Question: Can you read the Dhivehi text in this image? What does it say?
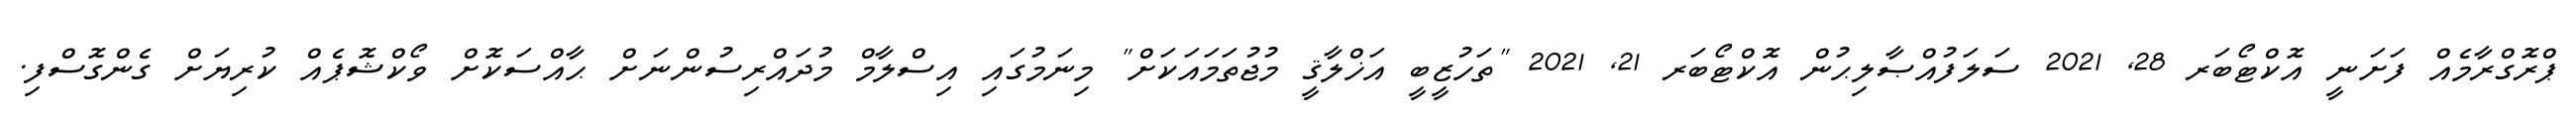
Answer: ޕްރޮގްރާމެއް ފަށަނީ އޮކްޓޯބަރ 28, 2021 ސަލަފުއްޞާލިޙުން އޮކްޓޯބަރ 21, 2021 "ތަހުޒީބީ އަޚްލާޤީ މުޖުތަމައަކަށް" މިނަމުގައި އިސްލާމް މުދައްރިސުންނަށް ޙާއްސަކޮށް ވޯކްޝޮޕެއް ކުރިޔަށް ގެންގޮސްފި.